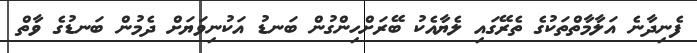
ފެނިދާނެ އަލާމާތްތަކުގެ ތެރޭގައި ލެޔާއެކު ބޭރަށްހިންގުން ބަނޑު އަކުނިވަޔަށް ދެމުން ބަނޑުގެ ވާތް